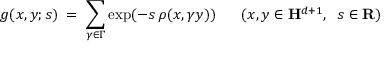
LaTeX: g ( x , y ; s ) \; = \; \sum _ { \gamma \in \Gamma } \exp ( - s \, \rho ( x , \gamma y ) ) \; \; \; \; \; \; ( x , y \in { \bf H } ^ { d + 1 } , \; \; s \in { \bf R } )